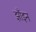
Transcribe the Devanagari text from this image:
झाँइन